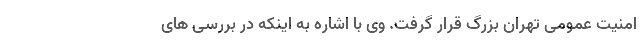
امنیت عمومی تهران بزرگ قرار گرفت. وی با اشاره به اینکه در بررسی های